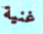
غنية